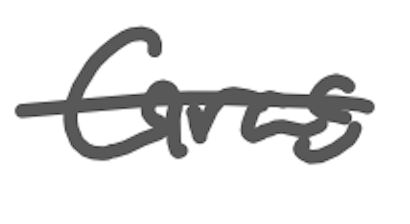
Text: Gras
Cross-out: single-line
Writing tool: digital_gray